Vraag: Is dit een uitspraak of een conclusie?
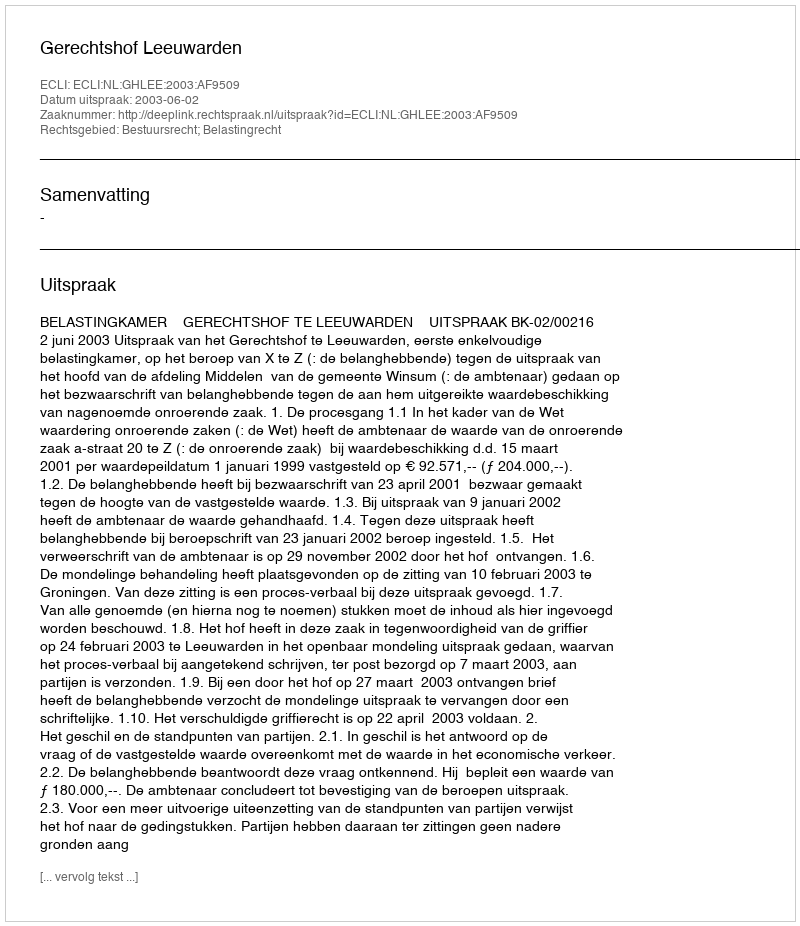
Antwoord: Uitspraak